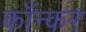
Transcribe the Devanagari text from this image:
काँन्कर